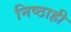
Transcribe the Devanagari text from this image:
निष्ठाही